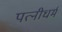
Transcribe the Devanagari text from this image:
पत्‍नीधर्म